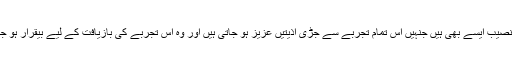
کچھ بدنصیب ایسے بھی ہیں جنہیں اس تمام تجربے سے جڑی اذیتیں عزیز ہو جاتی ہیں اور وہ اس تجربے کی بازیافت کے لیے بیقرار ہو جاتا ہے۔